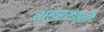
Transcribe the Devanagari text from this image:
शहराचाही